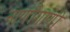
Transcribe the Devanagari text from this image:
नाणीगाणी